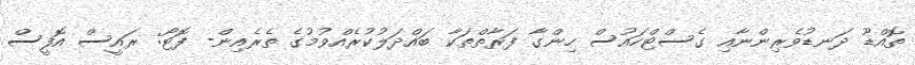
ތޮއްޑޫ ދަނޑުވެރިންނާއި ގެސްޓްހައުސް ހިންގާ ފަރާތްތަކާ ބައްދަލުކުރެއްވުމުގެ ތެރެއިން- ފޮޓޯ: ރައީސް އޮފީސް